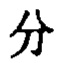
分